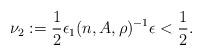
LaTeX: \begin{align*}\nu_2:=\frac{1}{2}\epsilon_1(n,A,\rho)^{-1}\epsilon< \frac{1}{2}.\end{align*}